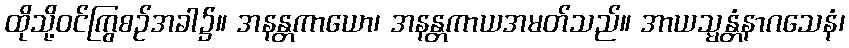
ထိုသို့ဝင်ကြွစဉ်အခါ၌။ အနန္တကာယော၊ အနန္တကာယအမတ်သည်။ အာယသ္မန္တံနာဂသေနံ၊